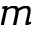
m